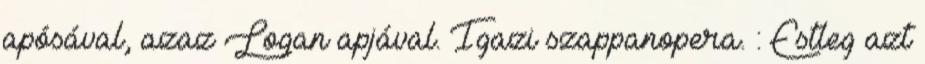
apósával, azaz Logan apjával. Igazi szappanopera. : Estleg azt